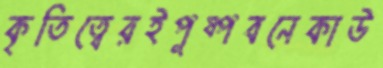
কৃতিত্বেরইপুষ্পবনেকাউ